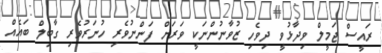
ރައީސް ޖަމީލް ވިދާޅުވީ ދިވެހި ޒުވާނުންނަކީ ވަރަށް ފަންނުވެރި ހުނަރުވެރި ގާބިލް ބައެއް